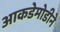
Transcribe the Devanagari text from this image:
आकडेमोडीने